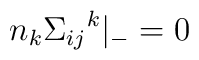
n_{k} {{\Sigma}_{ij}}^{k} {\vert}_{-} = 0